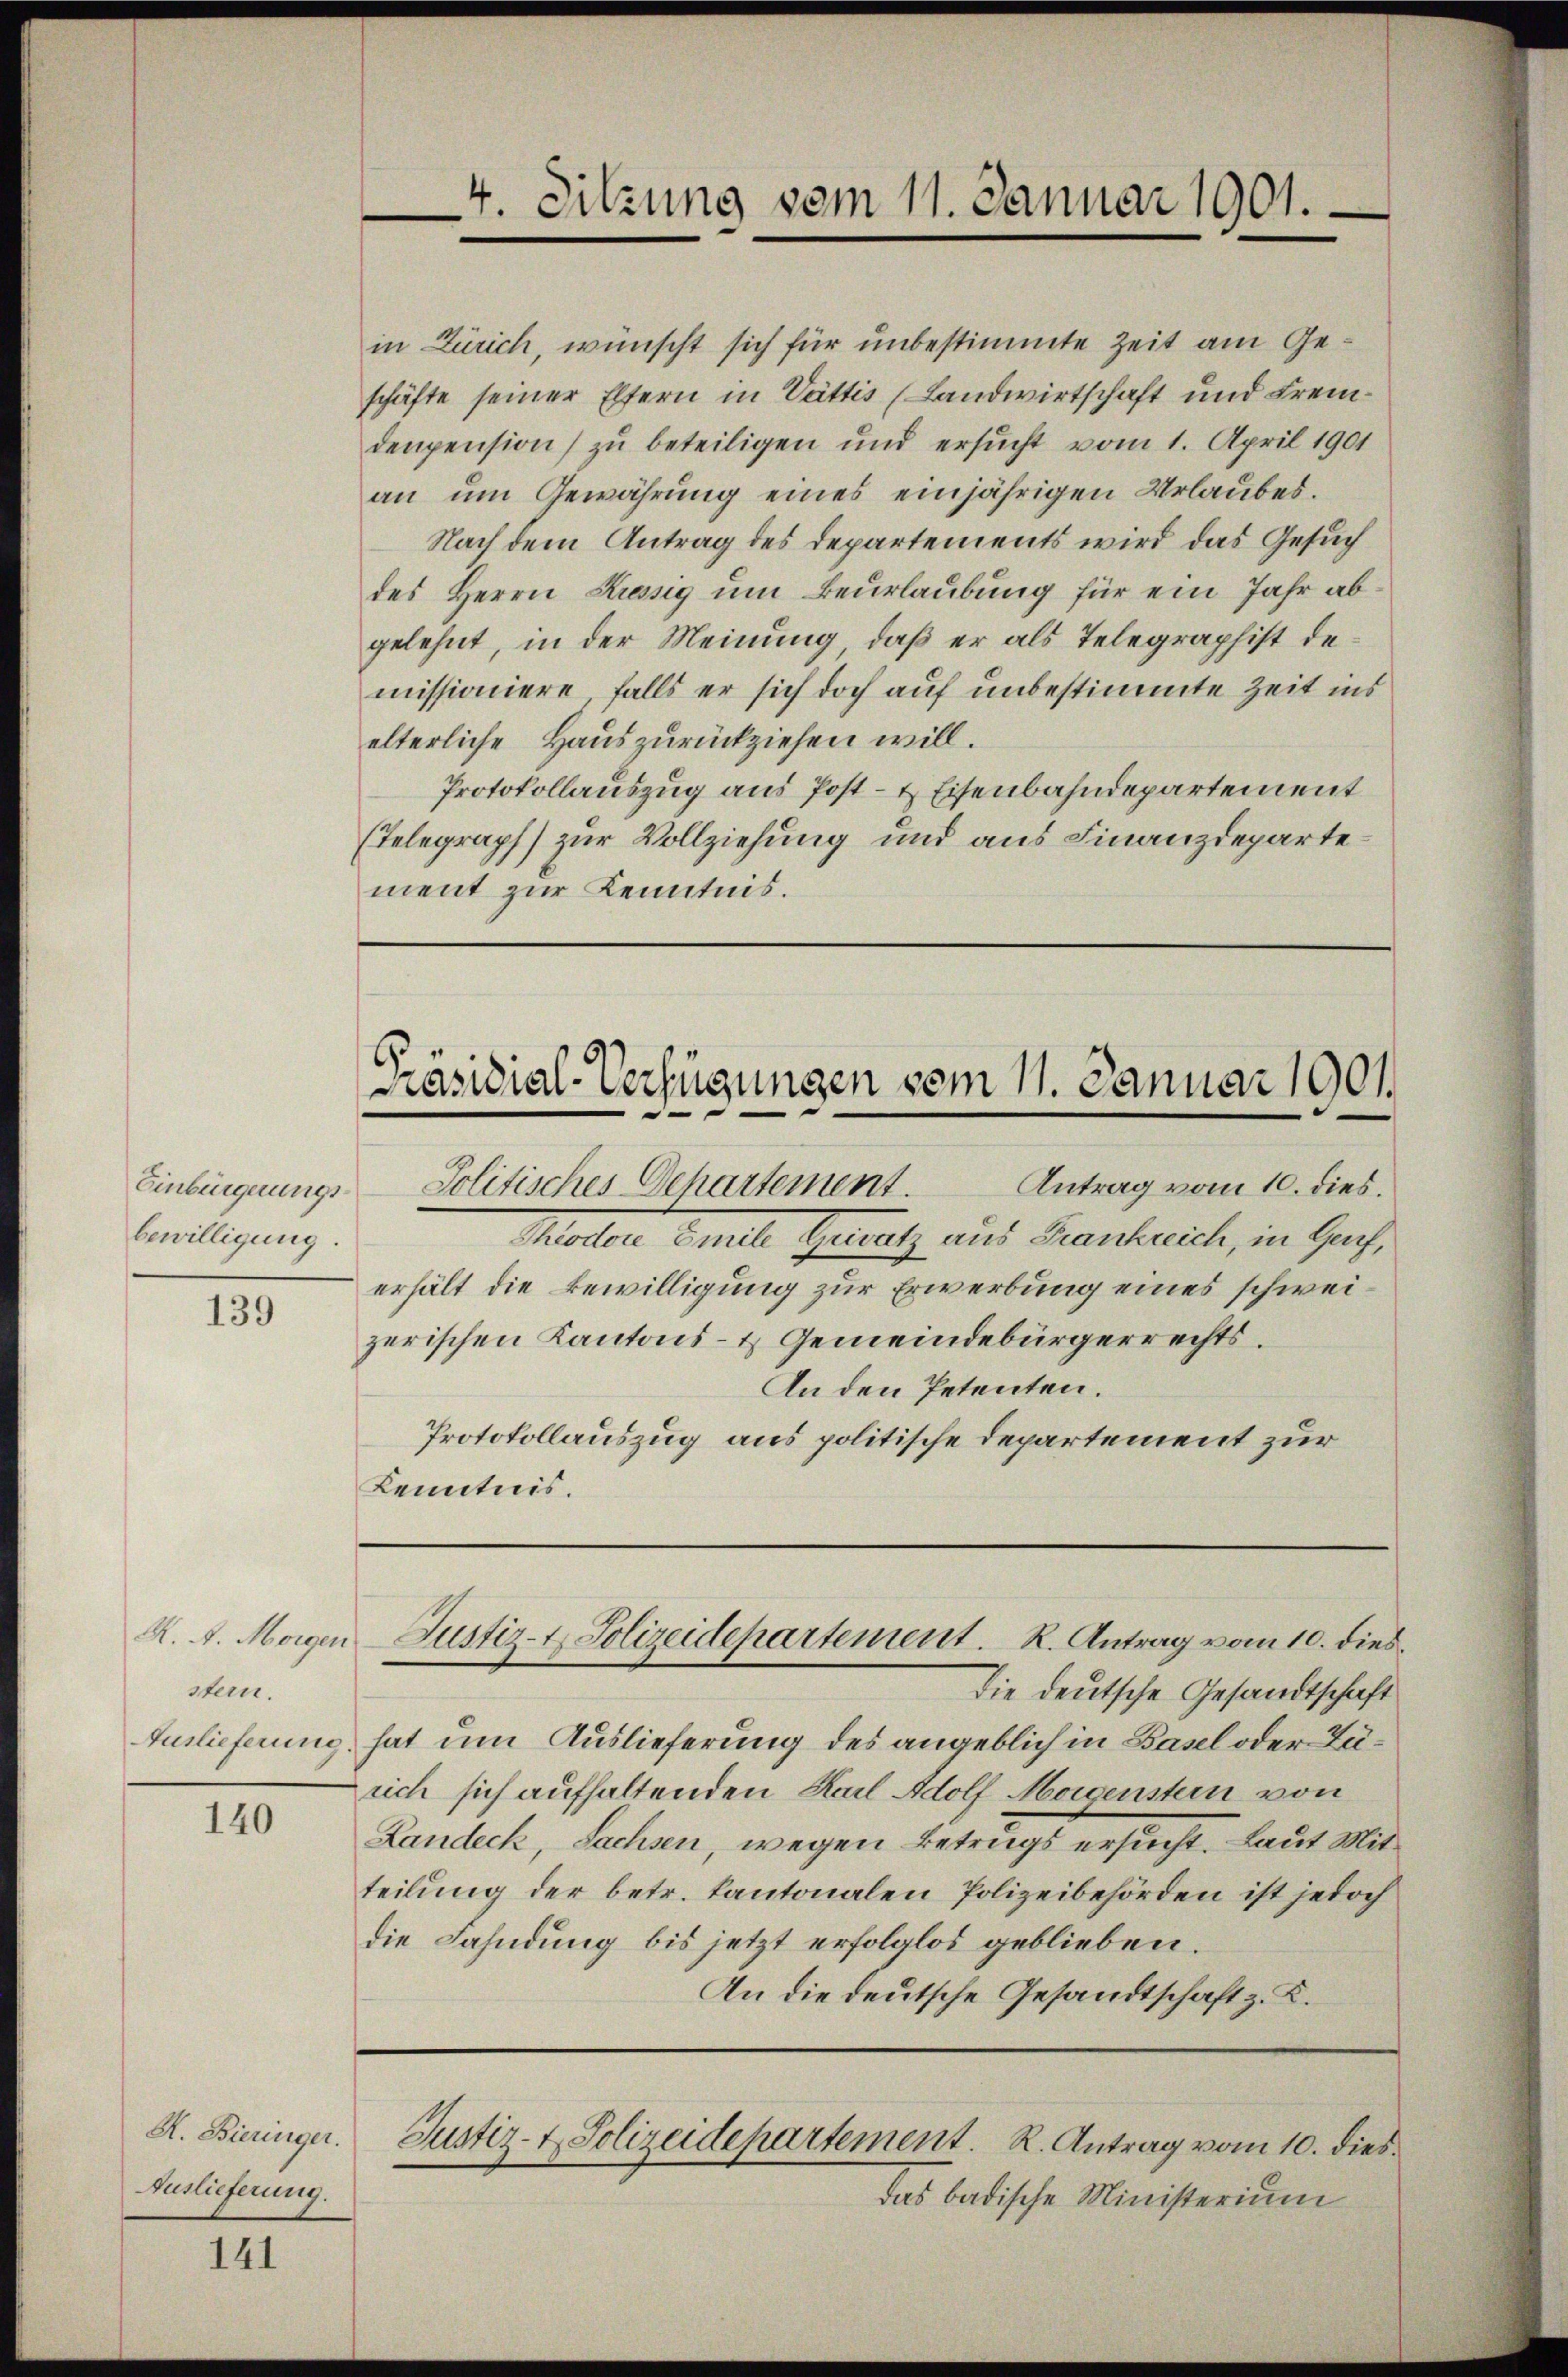
Einbürgerungsbewilligung

139

sten.

140

R. Bieringer.
Auslieferung.

141

Präsidial-Verfügungen vom 11. Januar 1901

4. Sitzung vom 11. Januar 1901.

in Zürich, wünscht sich für unbestimmte Zeit am Geschäfte seiner Eltern in Vattis (Landwirtschaft und Fremdenpension) zu beteiligen und ersucht vom 1. April 1901
an um Gewährung eines einjährigen Urlaubes.
Nach dem Antrag des Departements wird das Gesuch
des Herrn Kressig um Beurlaubung für ein Jahr abgelehnt, in der Meinung, daß er als Telegraphist demissioniere, falls er sich doch auf unbestimmte Zeit ins
elterliche Hauszurückziehen will.
Protokollauszug aus Post- & Eisenbahndepartement
(Telegraph) zur Vollziehung und aus Finanzdepartement zur Kenntnis.

K. A. Magen Justiz- & Polizeidepartement. R. Antrag vom 10. dies

Politisches Departement. Antrag vom 10. dies.
Motter Eile Gesetz aus Frankreich, in Gacherhält die Bewilligung zur Erwerbung eines schweizerischen Kantons- & Gemeindebürgerrechts.
An den Petenten.
Protokollauszug aus politische Departement zur
Kenntnis.

Die deutsche Gesandtschaft
Auslieferung, hat um Auslieferung des angeblich in Basel oder Zusich sich aufhaltenden Karl Adolf Morgenstein von
Landeck, Sachsen, wegen Betrugs ersucht. Laut Mitteilung der betr. kantonalen Polizeibehörden ist jedoch
die Fahndung bis jetzt erfolglos geblieben.
An die deutsche Gesandtschaft z. K.

Justiz- & Polizeidepartement. R. Antrag vom 10. dies¬

das badische Ministerium